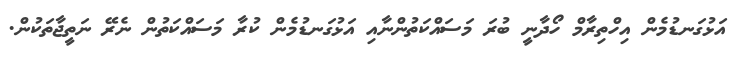
އަޅުގަނޑުމެން އިހްތިރާމް ހޯދާނީ ބުރަ މަސައްކަތުންނާއި އަޅުގަނޑުމެން ކުރާ މަސައްކަތުން ނެރޭ ނަތީޖާތަކުން.